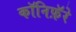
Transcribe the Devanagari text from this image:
कॉनिफ़ॅरे